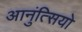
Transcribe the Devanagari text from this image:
आनुंत्सियो